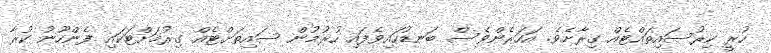
ހުރީ ކިރުސައިތައްޓެއް ގިރާށެވެ. އަހަރެންވެސް ބަނޑުހައިވެފައި ހުރުމުން ސައިތަށްޓެއް ގިރުމަށްޓަކައި ފެންހޫނު ކުރާ